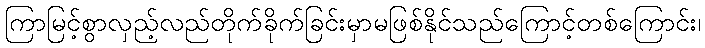
ကြာမြင့်စွာလှည့်လည်တိုက်ခိုက်ခြင်းမှာမဖြစ်နိုင်သည်ကြောင့်တစ်ကြောင်း၊